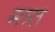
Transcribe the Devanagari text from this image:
मत्र्त